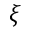
\xi